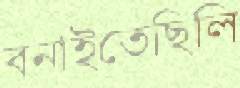
বনাইতেছিলি